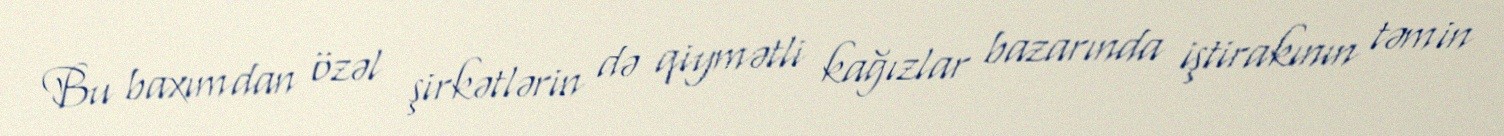
Bu baxımdan özəl şirkətlərin də qiymətli kağızlar bazarında iştirakının təmin